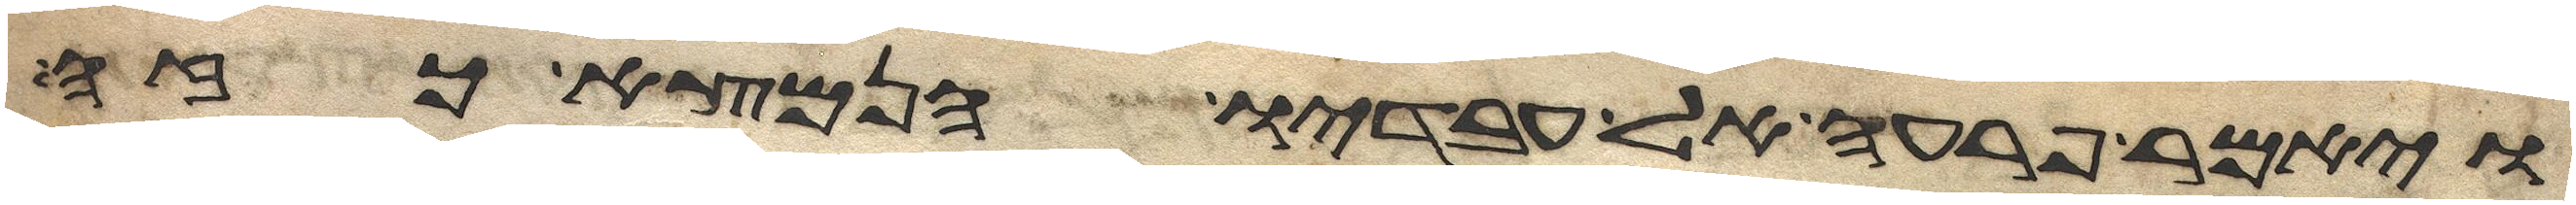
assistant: ויאמר פרעה אל עבדיו הנמצא כזה